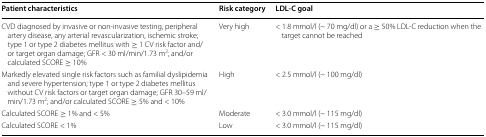
<table><thead><tr><td><b>Patient characteristics</b></td><td><b>Risk category</b></td><td><b>LDL-C goal</b></td></tr></thead><tbody><tr><td>CVD diagnosed by invasive or non-invasive testing, peripheral artery disease, any arterial revascularization, ischemic stroke; type 1 or type 2 diabetes mellitus with ≥ 1 CV risk factor and/or target organ damage; GFR &lt; 30 ml/min/1.73 m<sup>2</sup>; and/or calculated SCORE ≥ 10%</td><td>Very high</td><td>&lt; 1.8 mmol/l (~ 70 mg/dl) or a ≥ 50% LDL-C reduction when the target cannot be reached</td></tr><tr><td>Markedly elevated single risk factors such as familial dyslipidemia and severe hypertension; type 1 or type 2 diabetes mellitus without CV risk factors or target organ damage; GFR 30–59 ml/min/1.73 m<sup>2</sup>; and/or calculated SCORE ≥ 5% and &lt; 10%</td><td>High</td><td>&lt; 2.5 mmol/l (~ 100 mg/dl)</td></tr><tr><td>Calculated SCORE ≥ 1% and &lt; 5%</td><td>Moderate</td><td>&lt; 3.0 mmol/l (~ 115 mg/dl)</td></tr><tr><td>Calculated SCORE &lt; 1%</td><td>Low</td><td>&lt; 3.0 mmol/l (~ 115 mg/dl)</td></tr></tbody></table>